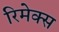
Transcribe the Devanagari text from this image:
रिमेक्स